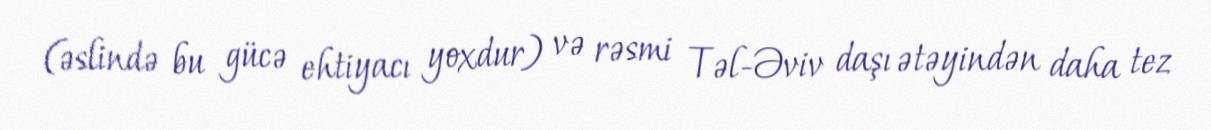
(əslində bu gücə ehtiyacı yoxdur) və rəsmi Təl-Əviv daşı ətəyindən daha tez